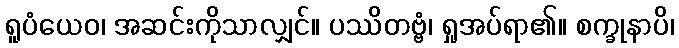
ရူပံယေဝ၊ အဆင်းကိုသာလျှင်။ ပဿိတဗ္ဗံ၊ ရှုအပ်ရာ၏။ စက္ခုနာပိ၊